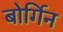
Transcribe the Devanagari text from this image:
बोर्गिन